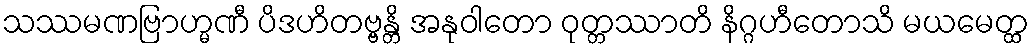
သဿမဏဗြာဟ္မဏီ ပိဒဟိတဗ္ဗန္တိ အနုဝါတော ဝုတ္တဿာတိ နိဂ္ဂဟီတောသိ မယမေတ္ထ